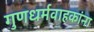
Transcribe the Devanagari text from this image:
गुणधर्मवाहकांना